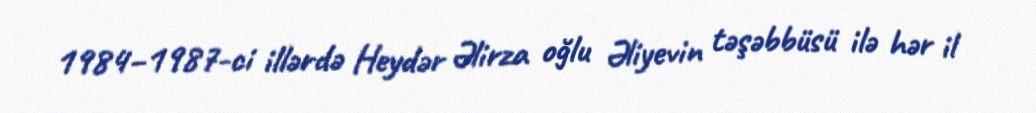
1984–1987-ci illərdə Heydər Əlirza oğlu Əliyevin təşəbbüsü ilə hər il